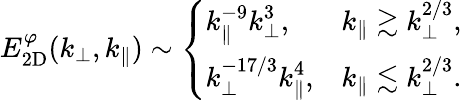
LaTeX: \begin{array}{r}{E_{2\mathrm{D}}^{\varphi}(k_{\perp},k_{\parallel})\sim\left\{ \begin{array}{ll}{\displaystyle k_{\parallel}^{-9}k_{\perp}^{3},}&{\displaystyle k_{\parallel}\gtrsim k_{\perp}^{2/3},}\\ {\displaystyle k_{\perp}^{-17/3}k_{\parallel}^{4},}&{\displaystyle k_{\parallel}\lesssim k_{\perp}^{2/3}.}\end{array}\right.}\end{array}